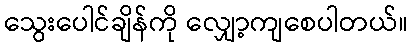
သွေးပေါင်ချိန်ကို လျှော့ကျစေပါတယ်။